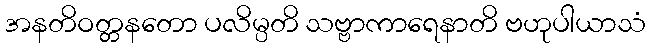
အနတိဝတ္တနတော ပလိမ္ပတိ သဗ္ဗာကာရေနာတိ ဗဟုပါယာသံ